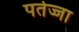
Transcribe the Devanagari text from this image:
पर्तज्जा